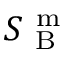
S _ { \mathrm { ~ B ~ } } ^ { \mathrm { ~ m ~ } }